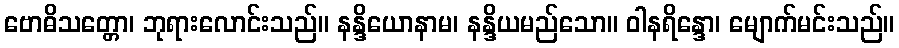
ဗောဓိသတ္တော၊ ဘုရားလောင်းသည်။ နန္ဒိယောနာမ၊ နန္ဒိယမည်သော။ ဝါနရိန္ဒော၊ မျောက်မင်းသည်။